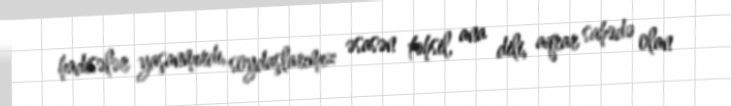
hadisələr yaşanmırdı, soydaşlarımız əsasən təhsil, ana dili, aqrar sahədə olan